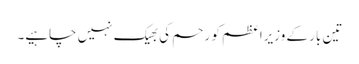
تین بار کے وزیراعظم کو رحم کی بھیک نہیں چاہیے۔